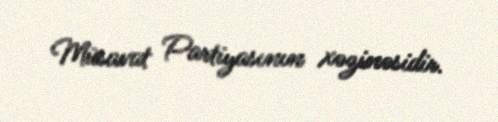
Müsavat Partiyasının xəzinəsidir.